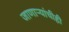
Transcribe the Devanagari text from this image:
जाणाऱ्यांचीही